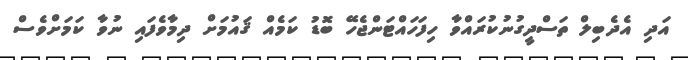
އަދި އެދެބިލް ތަސްދީގުނުކުރައްވާ ހިފަހައްޓަންޖެހޭ ބޮޑު ކަމެއް ޤައުމަށް ދިމާވެފައި ނުވާ ކަމަށްވެސް